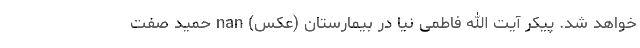
خواهد شد. پیکر آیت الله فاطمی نیا در بیمارستان (عکس) nan حمید صفت